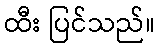
ထီး ပြင်သည်။